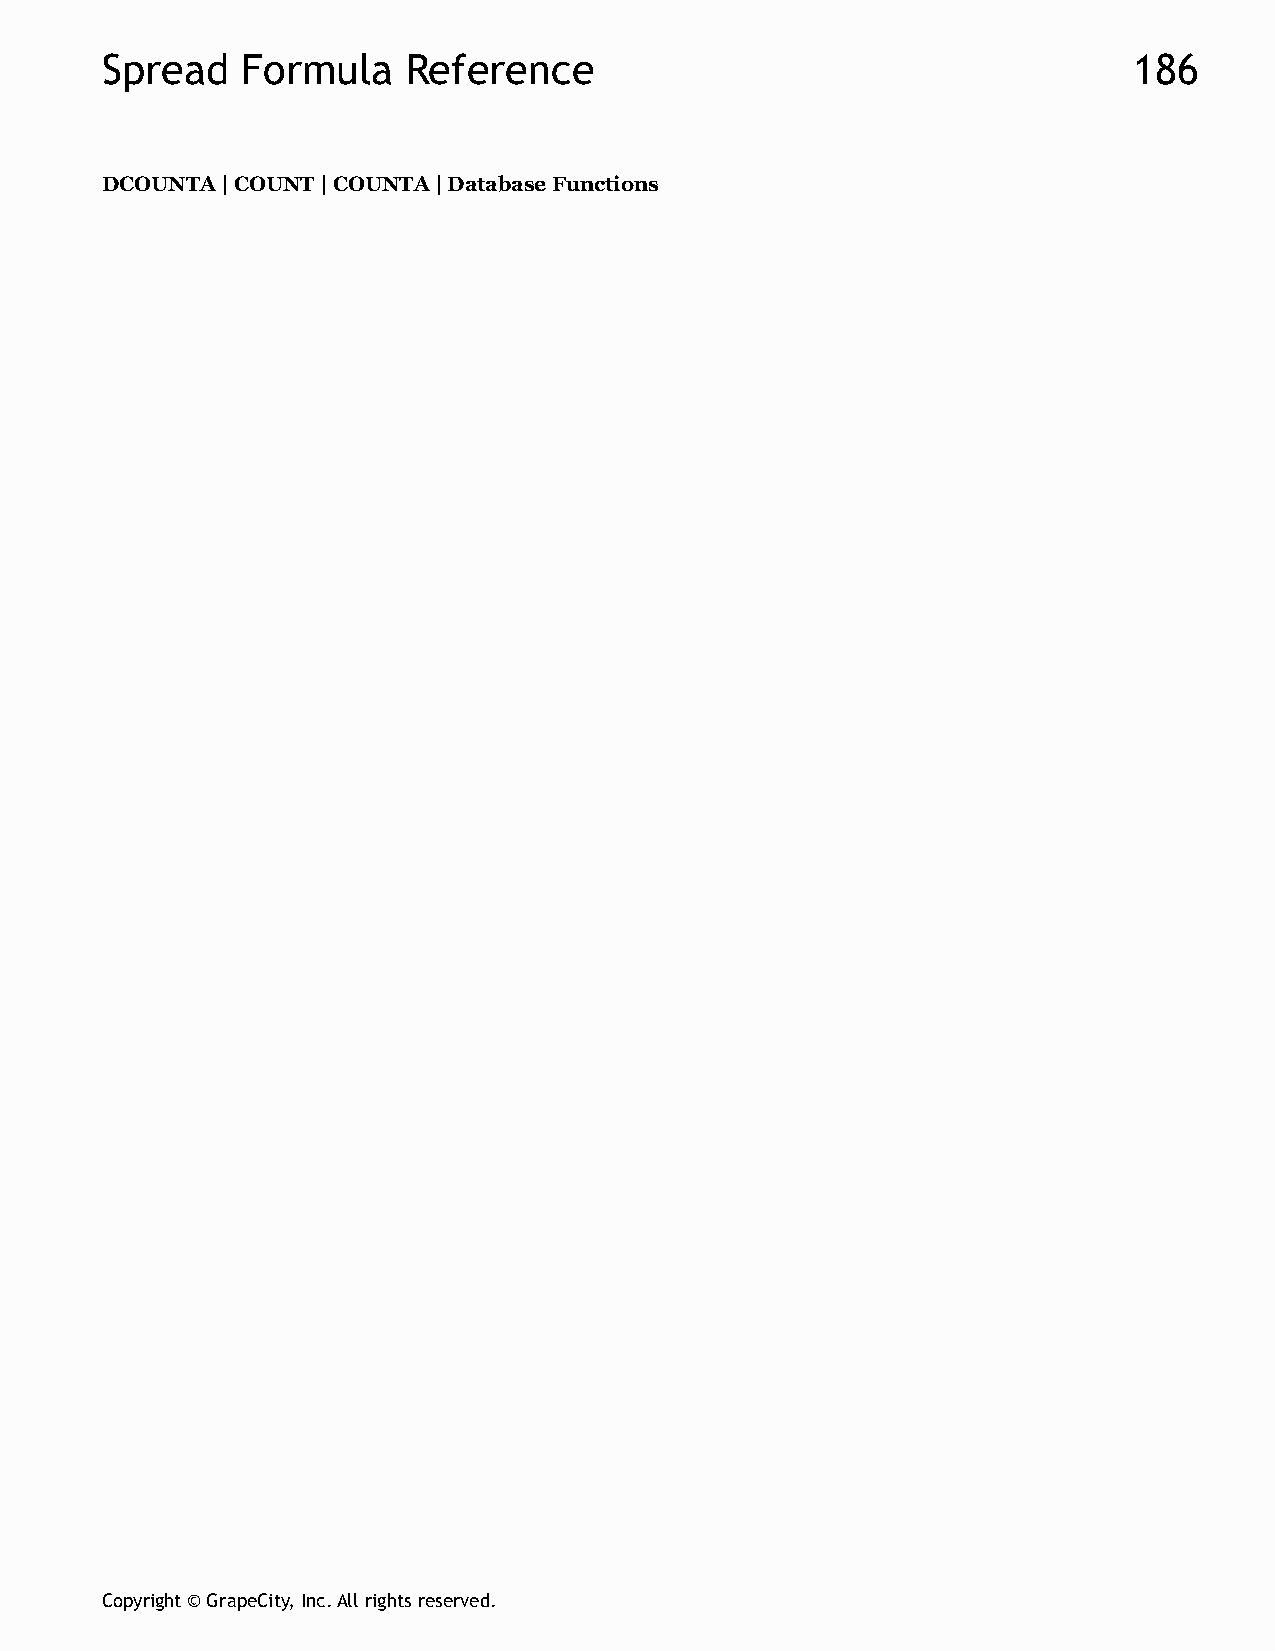
Spread   Formula    Reference                                       186
 DCOUNTA | COUNT | COUNTA | Database Functions
 Copyright © GrapeCity, Inc. All rights reserved.